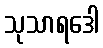
သုသာရဒေါ